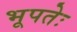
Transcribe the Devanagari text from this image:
भूपतेः